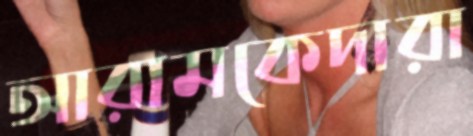
আরামকেদারা